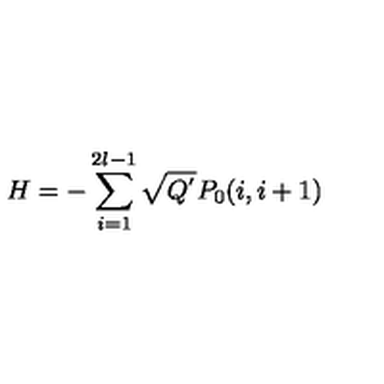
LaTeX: H = - \sum _ { i = 1 } ^ { 2 l - 1 } \sqrt { Q ^ { ' } } P _ { 0 } ( i , i + 1 )